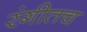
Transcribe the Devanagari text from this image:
रंगीतच